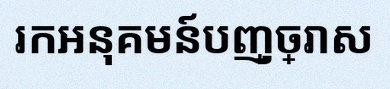
រកអនុគមន៍បញ្ច្រាស